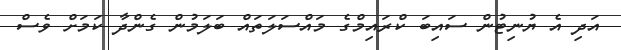
އަދި އެ ޔުނިޓުން ސައިބަ ކްރައިމްގެ މައްސަލަތައް ބަލަމުން ގެންދާ ކަމަށް ވެސް